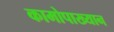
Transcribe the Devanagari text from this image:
कामोपाख्यान